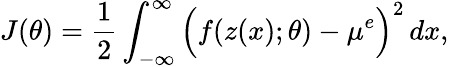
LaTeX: J(\theta)=\frac{1}{2}\int_{-\infty}^{\infty}\Big(f(z(x);\theta)-\mu^{e}\Big)^{2}\, dx,